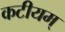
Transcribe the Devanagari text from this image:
कटीयम्‌